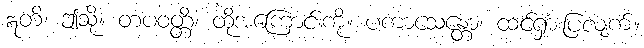
ဣတိ၊ ဤသို့။ တံပဝတ္တိံ၊ ထိုအကြောင်းကို။ ပကာသေန္တော၊ ထင်ရှားပြလျက်။